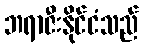
ဘရာဇီးနိုင်ငံသည်